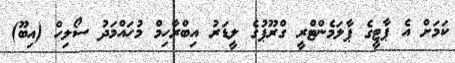
ކަމަށް އެ ޕާޓީގެ ޕާލަމެންޓްރީ ގްރޫޕުގެ ލީޑަރު އިބްރާހިމް މުހައްމަދު ސޯލިހް (އިބޫ)